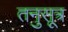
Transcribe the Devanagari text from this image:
तनुसूत्र